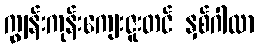
ကျွန်းကုန်းကျေးဇူးတင် နှစ်ဂါထာ